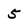
Character: 5